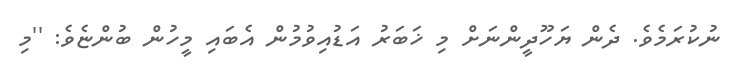
ނުކުރަމެވެ. ދެން ޔަހޫދީންނަށް މި ޚަބަރު އަޑުއިވުމުން އެބައި މީހުން ބުންޏެވެ: ''މި